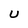
Character: U